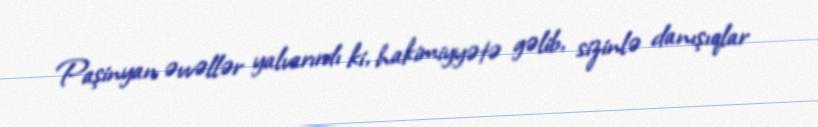
Paşinyan əvvəllər yalvarırdı ki, hakimiyyətə gəlib, sizinlə danışıqlar